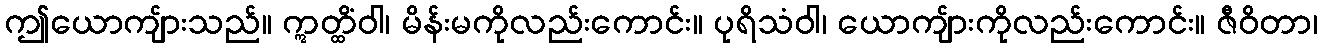
ဤယောကျ်ားသည်။ ဣတ္ထိံဝါ၊ မိန်းမကိုလည်းကောင်း။ ပုရိသံဝါ၊ ယောကျ်ားကိုလည်းကောင်း။ ဇီဝိတာ၊